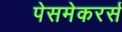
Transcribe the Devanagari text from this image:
पेसमेकरर्स